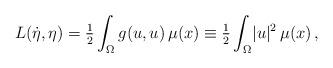
LaTeX: \begin{align*} L(\dot \eta, \eta) = \tfrac{1}{2} \int_\Omega g(u,u) \, \mu (x) \equiv \tfrac{1}{2} \int_\Omega \lvert u \rvert^2 \, \mu (x) \,, \end{align*}